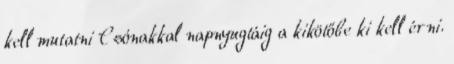
kell mutatni Csónakkal napnyugtáig a kikötőbe ki kell érni.